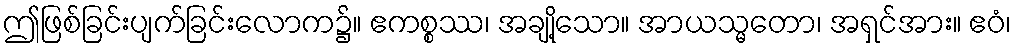
ဤဖြစ်ခြင်းပျက်ခြင်းလောက၌။ ဧကစ္စဿ၊ အချို့သော။ အာယသ္မတော၊ အရှင်အား။ ဧဝံ၊